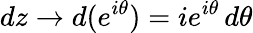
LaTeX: dz\to d(e^{i\theta})=ie^{i\theta}\, d\theta